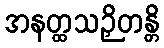
အနတ္ထသဉှိတန္တိ